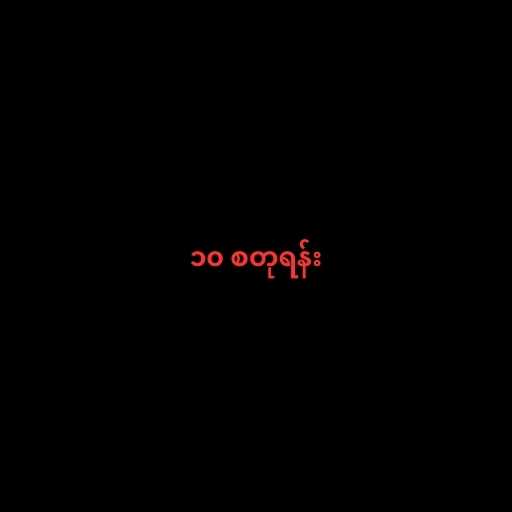
၁၀ စတုရန်း